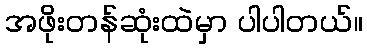
အဖိုးတန်ဆုံးထဲမှာ ပါပါတယ်။